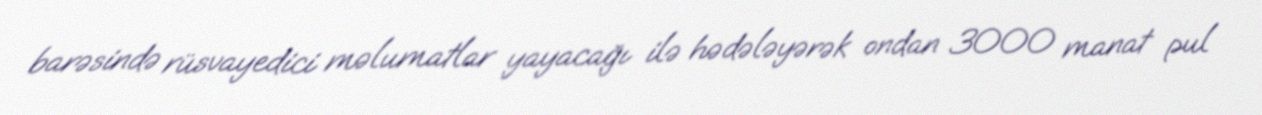
barəsində rüsvayedici məlumatlar yayacağı ilə hədələyərək ondan 3000 manat pul